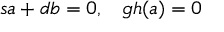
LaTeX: s a + d b = 0 , \; \; \; g h ( a ) = 0